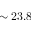
\sim 2 3 . 8